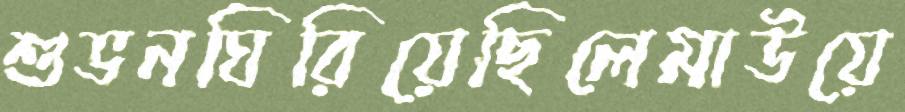
শুভনঘিরিয়েছিলেমাউয়ে